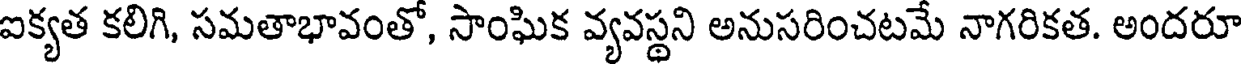
ఐక్యత కలిగి, సమతాభావంతో, సాంఘిక వ్యవస్థని అనుసరించటమే నాగరికత. అందరూ